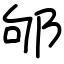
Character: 邭